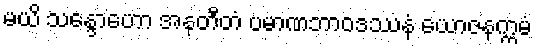
မယိ သန္ဒောဟော အနတီတံ ပမာဏဘာဝဒဿနံ ယောဇနက္ကမံ